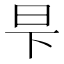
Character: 𬀧